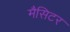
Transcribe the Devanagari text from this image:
मैसिटर